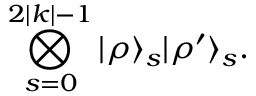
\bigotimes _ { s = 0 } ^ { 2 | k | - 1 } | \rho \rangle _ { s } | \rho ^ { \prime } \rangle _ { s } .